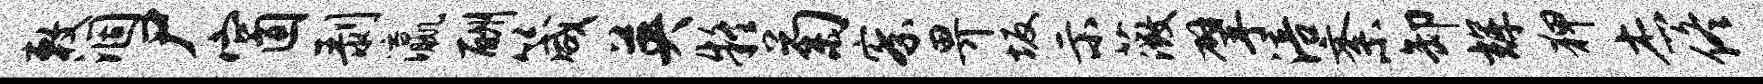
敕涸尸窗剥瀛酬箴英疑菊察畀坂示薇擘涪紊卸辉狎杰佟